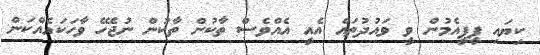
ކިޔައި ޕީޕީއެމުން ވީ ވައުދުތައް އެއީ އެއްވެސް ތާކުން ތާކުން ނުޖެހޭ ވާހަކައެއްކަން